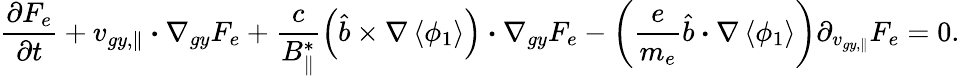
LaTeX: \frac{\partial F_{e}}{\partial t}+{v}_{gy,\parallel}\boldsymbol{\cdot}\nabla_{gy}F_{e}+\frac{c}{B_{\parallel}^{*}}\left({{{\hat{b}}}}\times\nabla\left<\phi_{1}\right>\right)\boldsymbol{\cdot}\nabla_{gy}F_{e}-\left(\frac{e}{m_{e}}{\hat{b}}\boldsymbol{\cdot}\nabla\left<\phi_{1}\right>\right)\partial_{v_{gy,\parallel}}F_{e}=0.